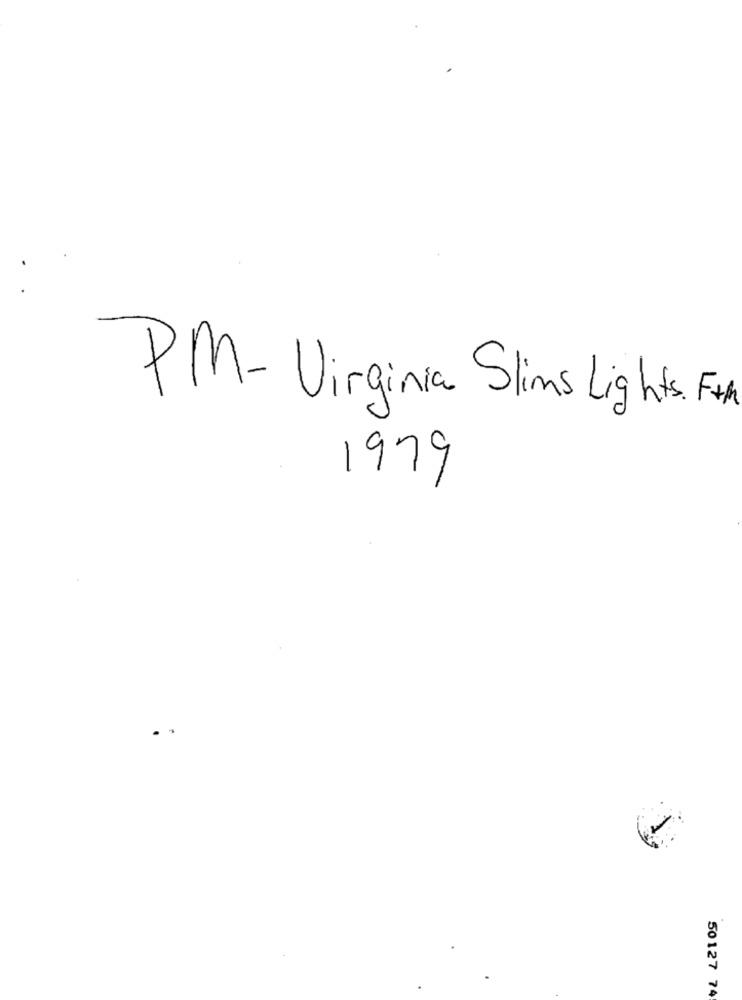
PM - Virginia Slims Lights. Ft.
1979
50127 74